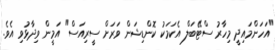
"އަހަންމައިދީ މިހާރު ސްޓޭބަލް އެކަމަކު ކޮންޑިޝަން ވަރަށް ސީރިއަސް" އަމީން ވިދާޅުވި އެވެ.